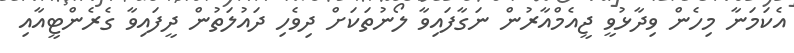
އެކަމަނާ މިހެން ވިދާޅުވީ ޖީއެމްއާރުން ނަގާފައިވާ ލޯނުތަކަށް ދިވެހި ދައުލަތުން ދީފައިވާ ގެރެންޓީއާއި